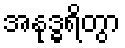
အနုဒ္ဓရိတွာ